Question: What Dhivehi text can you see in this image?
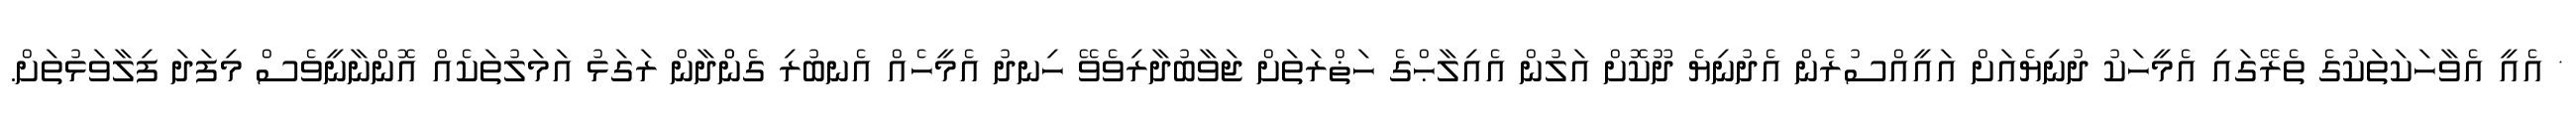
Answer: * އެއީ އެވާހަކަތަކުގެ ތެރޭގައި އެމީހަކު ދުނިޔެއަށް އައީއްސުރެން އެދުނިޔެ ދޫކޮށް އަލުން އެއިލާޙްގެ ހަޡްރަތަށް ޖަވާބުދާރިވެވޭ ހިނދު އެމީހެއް އެނބުރި ގެންްދާން ރަގަޅު އަމަލުތަކެއް އޮންނާނީވެސް މިފަދަ ފިލާވަޅުތަށް.